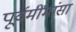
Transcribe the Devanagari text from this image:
पूर्वमींमांसा